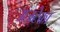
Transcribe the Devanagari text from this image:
अज़्टेका